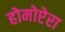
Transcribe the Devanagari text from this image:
होमोप्टेरा